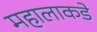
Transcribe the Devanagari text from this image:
महालाकडे